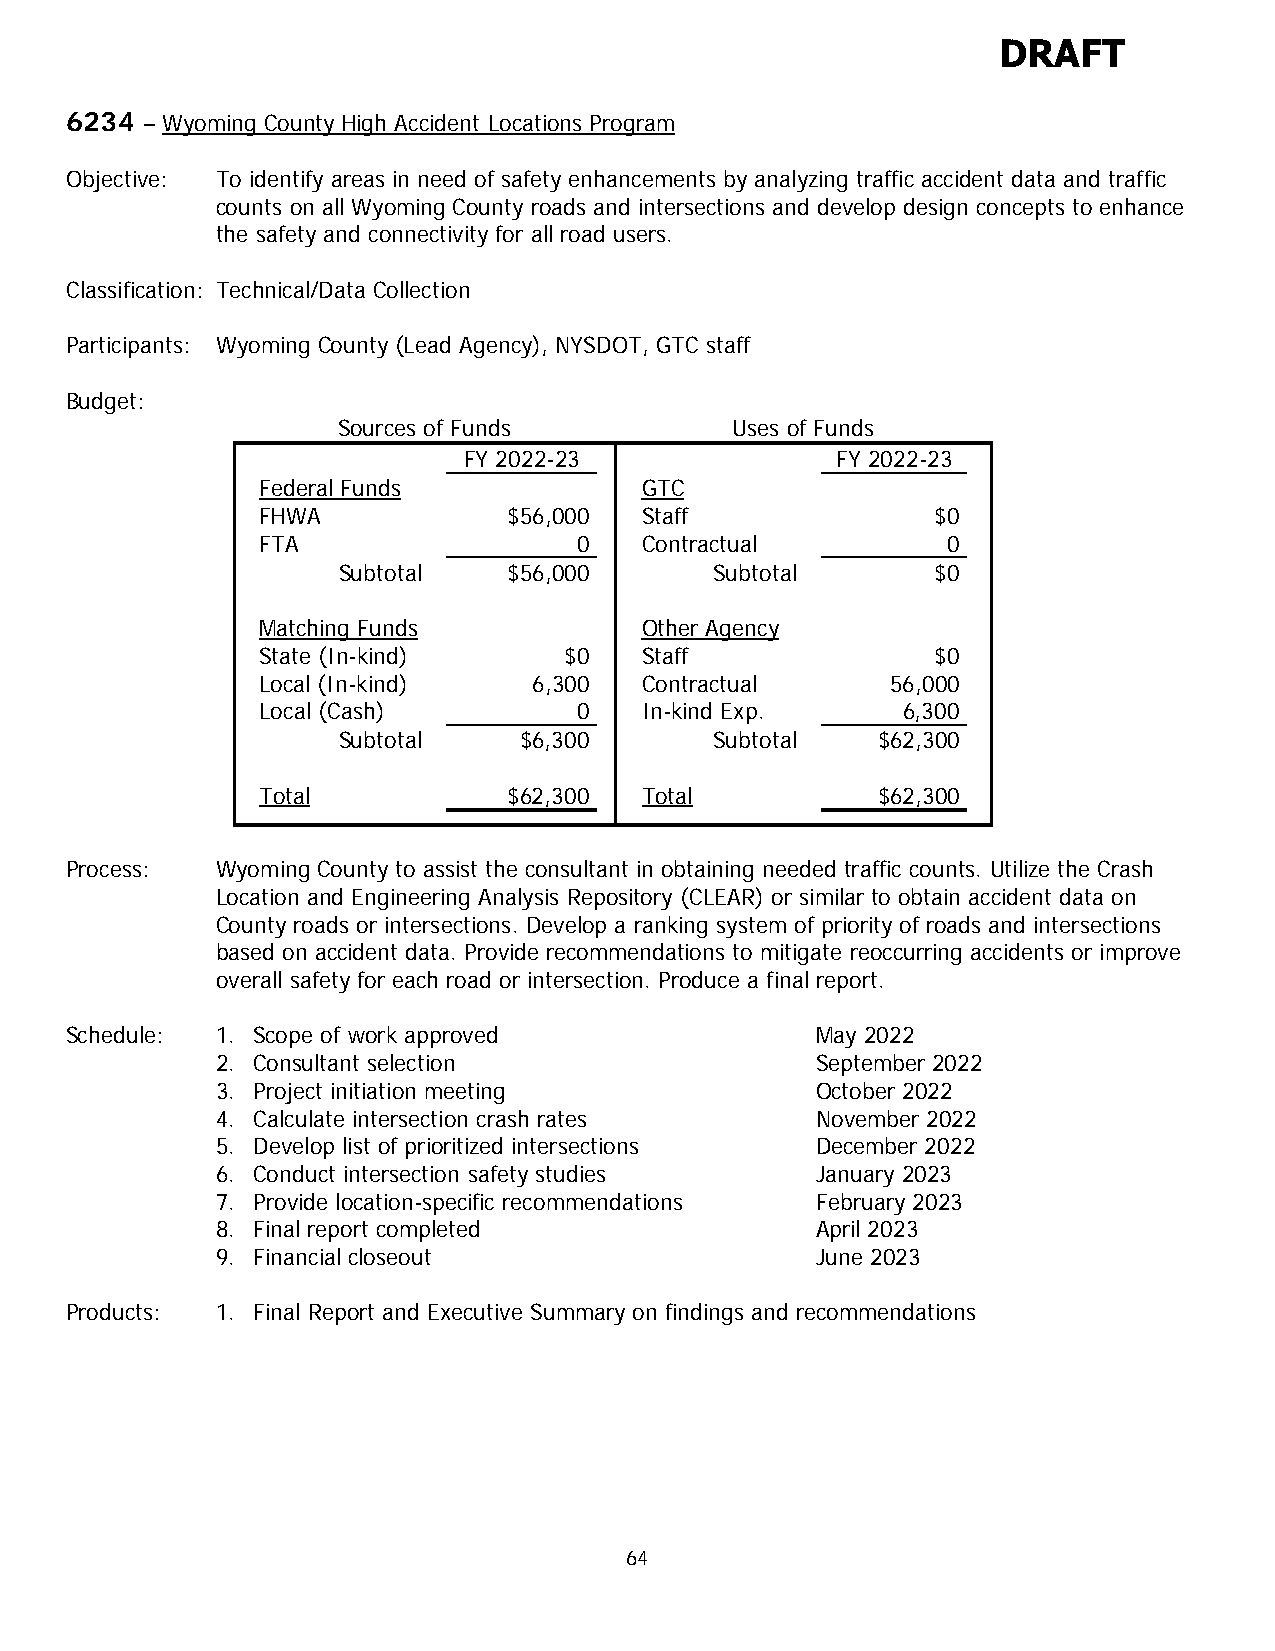
DRAFT
 6234 – Wyoming County High Accident Locations Program
 Objective: To identify areas in need of safety enhancements by analyzing traffic accident data and traffic
 counts on all Wyoming County roads and intersections and develop design concepts to enhance
 the safety and connectivity for all road users.
 Classification: Technical/Data Collection
 Participants: Wyoming County (Lead Agency), NYSDOT, GTC staff
 Budget:
 Sources of Funds          Uses of Funds
 FY 2022-23              FY 2022-23
 Federal Funds            GTC
 FHWA             $56,000 Staff               $0
 FTA                  0   Contractual          0
 Subtotal    $56,000      Subtotal       $0
 Matching Funds           Other Agency
 State (In-kind)     $0   Staff               $0
 Local (In-kind)   6,300  Contractual      56,000
 Local (Cash)         0   In-kind Exp.      6,300
 Subtotal    $6,300       Subtotal   $62,300
 Total            $62,300 Total           $62,300
 Process:  Wyoming County to assist the consultant in obtaining needed traffic counts. Utilize the Crash
 Location and Engineering Analysis Repository (CLEAR) or similar to obtain accident data on
 County roads or intersections. Develop a ranking system of priority of roads and intersections
 based on accident data. Provide recommendations to mitigate reoccurring accidents or improve
 overall safety for each road or intersection. Produce a final report.
 Schedule: 1. Scope of work approved               May 2022
 2. Consultant selection                 September 2022
 3. Project initiation meeting           October 2022
 4. Calculate intersection crash rates   November 2022
 5. Develop list of prioritized intersections December 2022
 6. Conduct intersection safety studies  January 2023
 7. Provide location-specific recommendations February 2023
 8. Final report completed               April 2023
 9. Financial closeout                   June 2023
 Products: 1. Final Report and Executive Summary on findings and recommendations
 64